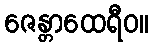
ဇေန္တာထေရီဝ။